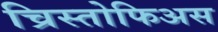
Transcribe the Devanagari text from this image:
च्रिस्तोफिअस